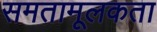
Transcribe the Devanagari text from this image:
समतामूलकता